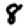
Digit: 8